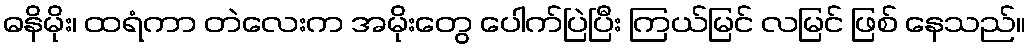
ဓနိမိုး၊ ထရံကာ တဲလေးက အမိုးတွေ ပေါက်ပြဲပြီး ကြယ်မြင် လမြင် ဖြစ် နေသည်။